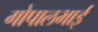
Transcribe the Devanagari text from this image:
गोपालभाई